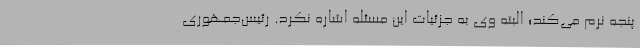
پنجه نرم می‌کند؛ البته وی به جزئیات این مسئله اشاره نکرد. رئیس‌جمهوری